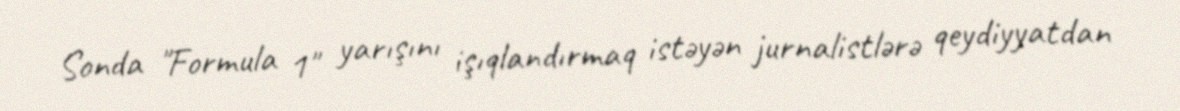
Sonda "Formula 1" yarışını işıqlandırmaq istəyən jurnalistlərə qeydiyyatdan